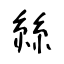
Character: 絲